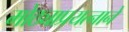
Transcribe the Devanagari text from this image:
मोठ्याप्रयत्नाने